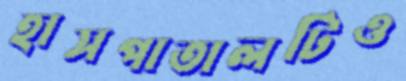
হাসপাতালটিও